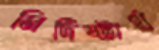
নির্দিষ্টার্থ